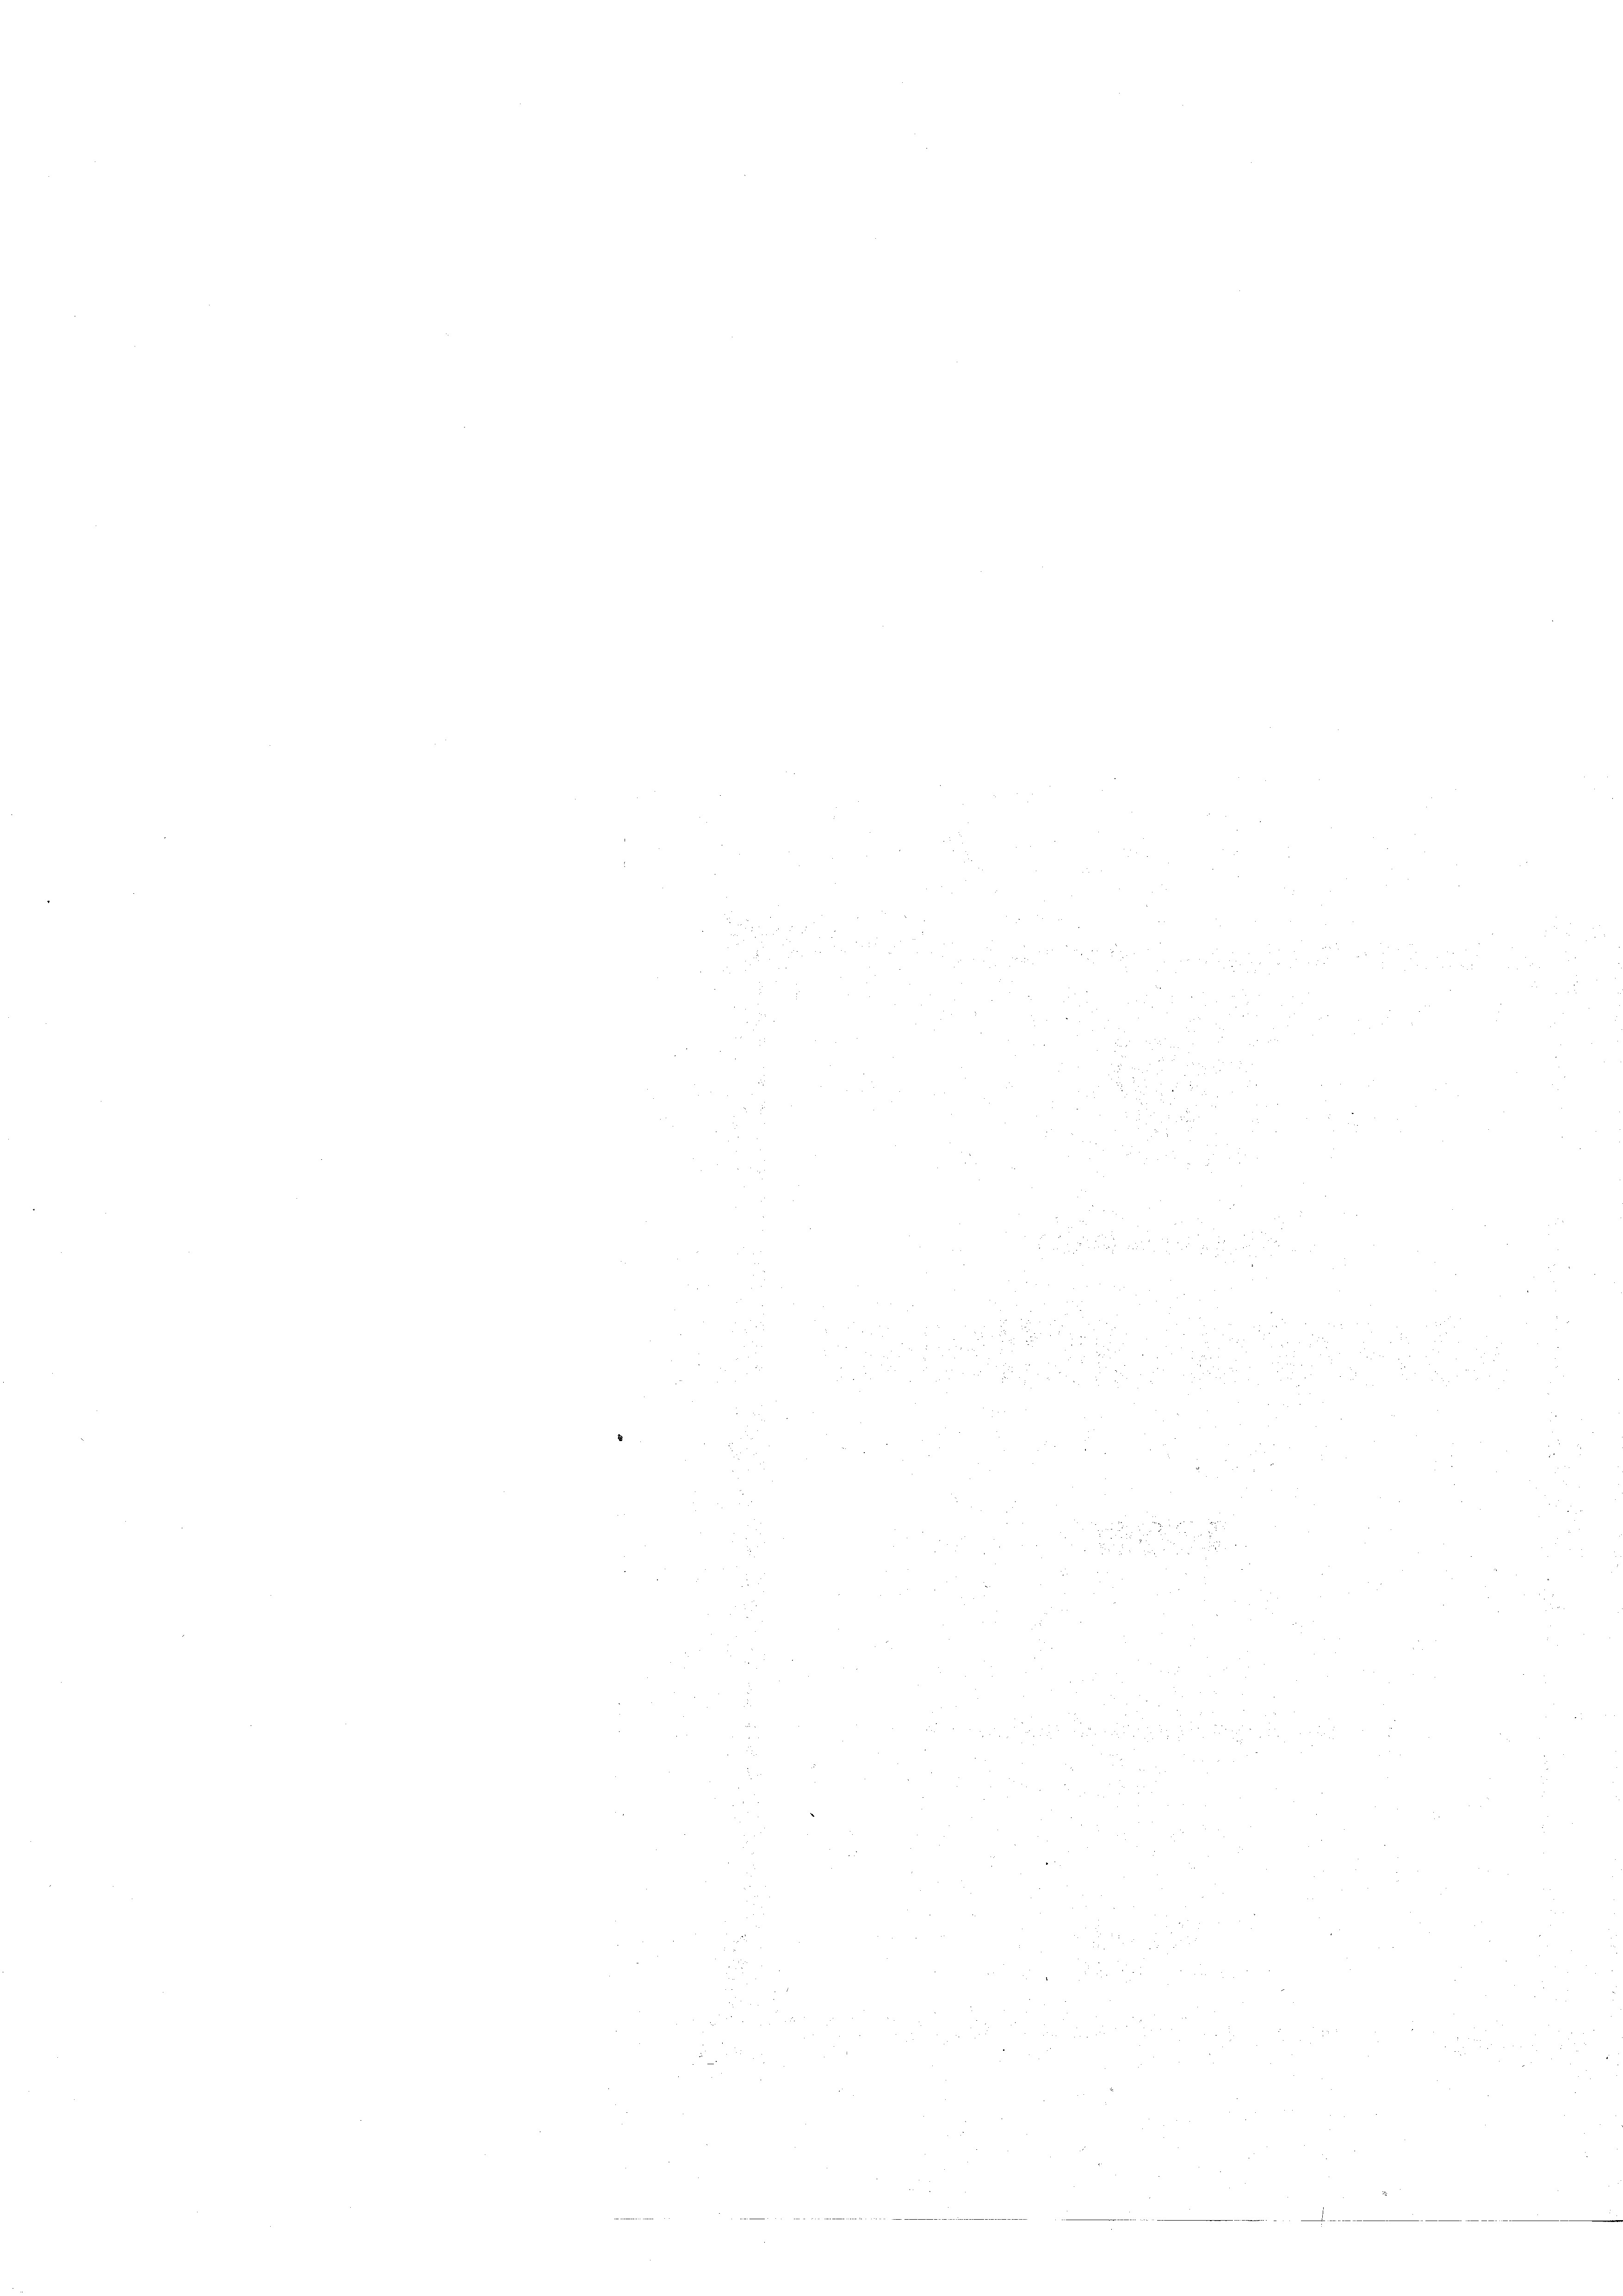
i